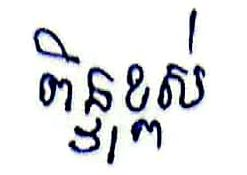
ពិន្ទុខ្ពស់